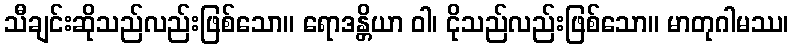
သီချင်းဆိုသည်လည်းဖြစ်သော။ ရောဒန္တိယာ ဝါ၊ ငိုသည်လည်းဖြစ်သော။ မာတုဂါမဿ၊